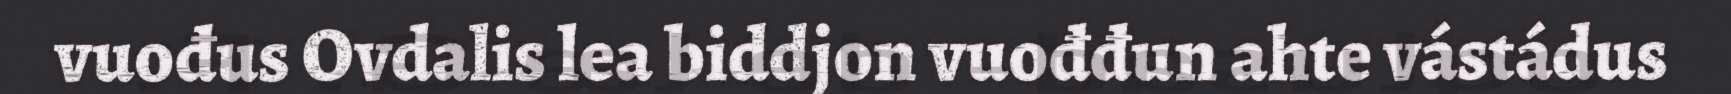
vuođus Ovdalis lea biddjon vuođđun ahte vástádus